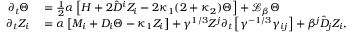
\begin{array} { r l } { \partial _ { t } \Theta } & { { } = \frac { 1 } { 2 } \alpha \left[ H + 2 \hat { D } ^ { i } Z _ { i } - 2 \kappa _ { 1 } ( 2 + \kappa _ { 2 } ) \Theta \right] + \mathcal { L } _ { \beta } \Theta } \\ { \partial _ { t } Z _ { i } } & { { } = \alpha \left[ M _ { i } + D _ { i } \Theta - \kappa _ { 1 } Z _ { i } \right] + \gamma ^ { 1 / 3 } Z ^ { j } \partial _ { t } \left[ \gamma ^ { - 1 / 3 } \gamma _ { i j } \right] + \beta ^ { j } \hat { D } _ { j } Z _ { i } , } \end{array}